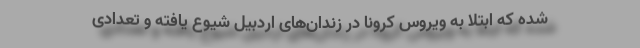
شده که ابتلا به ویروس کرونا در زندان‌های اردبیل شیوع یافته و تعدادی